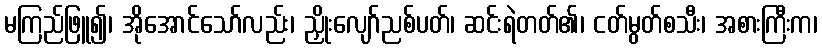
မကြည်ဖြူ၍၊ အိုအောင်သော်လည်း၊ ညှိုးလျော်ညစ်ပတ်၊ ဆင်းရဲတတ်၏၊ ငတ်မွတ်စသီး၊ အစားကြီးက၊